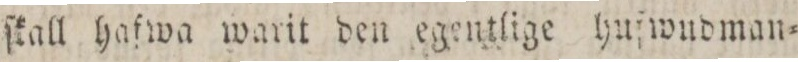
ſkall hafwa warit den egentlige hufwndman=